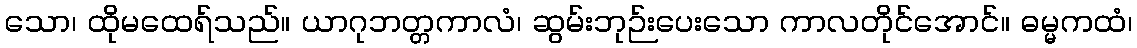
သော၊ ထိုမထေရ်သည်။ ယာဂုဘတ္တကာလံ၊ ဆွမ်းဘုဉ်းပေးသော ကာလတိုင်အောင်။ ဓမ္မကထံ၊